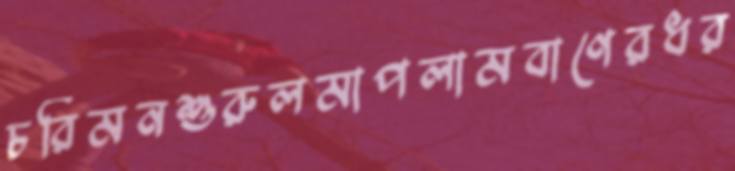
চরিমনশুরুলমাপলামবাণেরধর